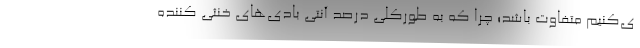
ی‌کنیم متفاوت باشد؛ چرا که به طورکلی درصد آنتی بادی‌های خنثی کننده